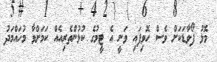
މޮޅު ފޯވާޑަކަށް ވެސް ހޮވިފައި ވަނީ އެ ޓީމުގެ ކުޅުންތެރިއެއް ކަމަށްވާ މުހައްމަދު